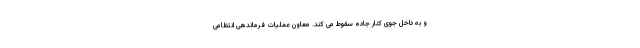
و به داخل جوی کنار جاده سقوط می کند. معاون عملیات فرماندهی انتظامی